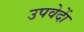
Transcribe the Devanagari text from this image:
उपवेदाें